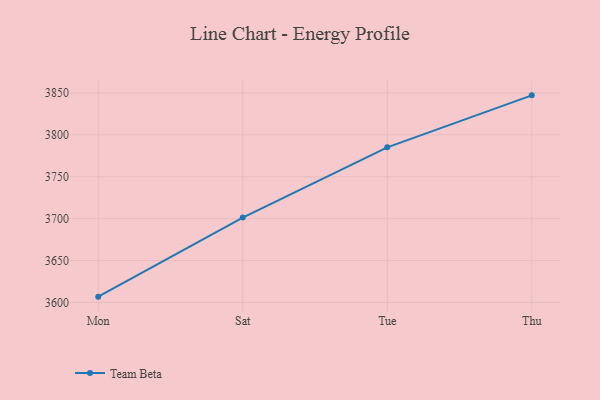
{"axis": {"x": "Day", "y": "Net Income (USD K)"}, "legend": ["Team Beta"], "data": [{"x": "Mon", "y": 3606.9, "type": "Team Beta"}, {"x": "Sat", "y": 3701.2, "type": "Team Beta"}, {"x": "Tue", "y": 3785.1, "type": "Team Beta"}, {"x": "Thu", "y": 3847.1, "type": "Team Beta"}]}